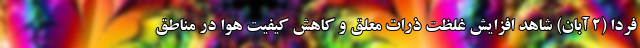
فردا (۲ آبان) شاهد افزایش غلظت ذرات معلق و کاهش کیفیت هوا در مناطق